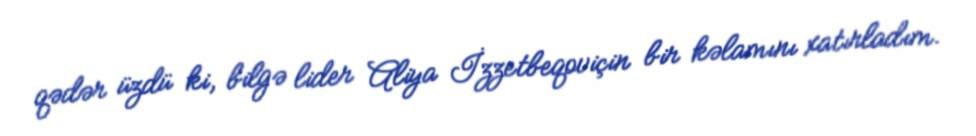
qədər üzdü ki, bilgə lider Aliya İzzetbeqoviçin bir kəlamını xatırladım.